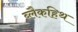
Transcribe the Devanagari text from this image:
ब्लैकहिथ